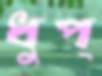
ধুপ্‌